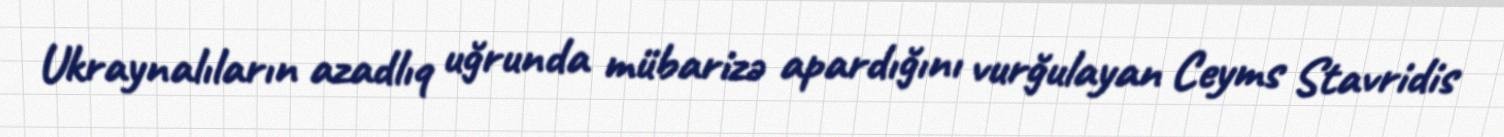
Ukraynalıların azadlıq uğrunda mübarizə apardığını vurğulayan Ceyms Stavridis